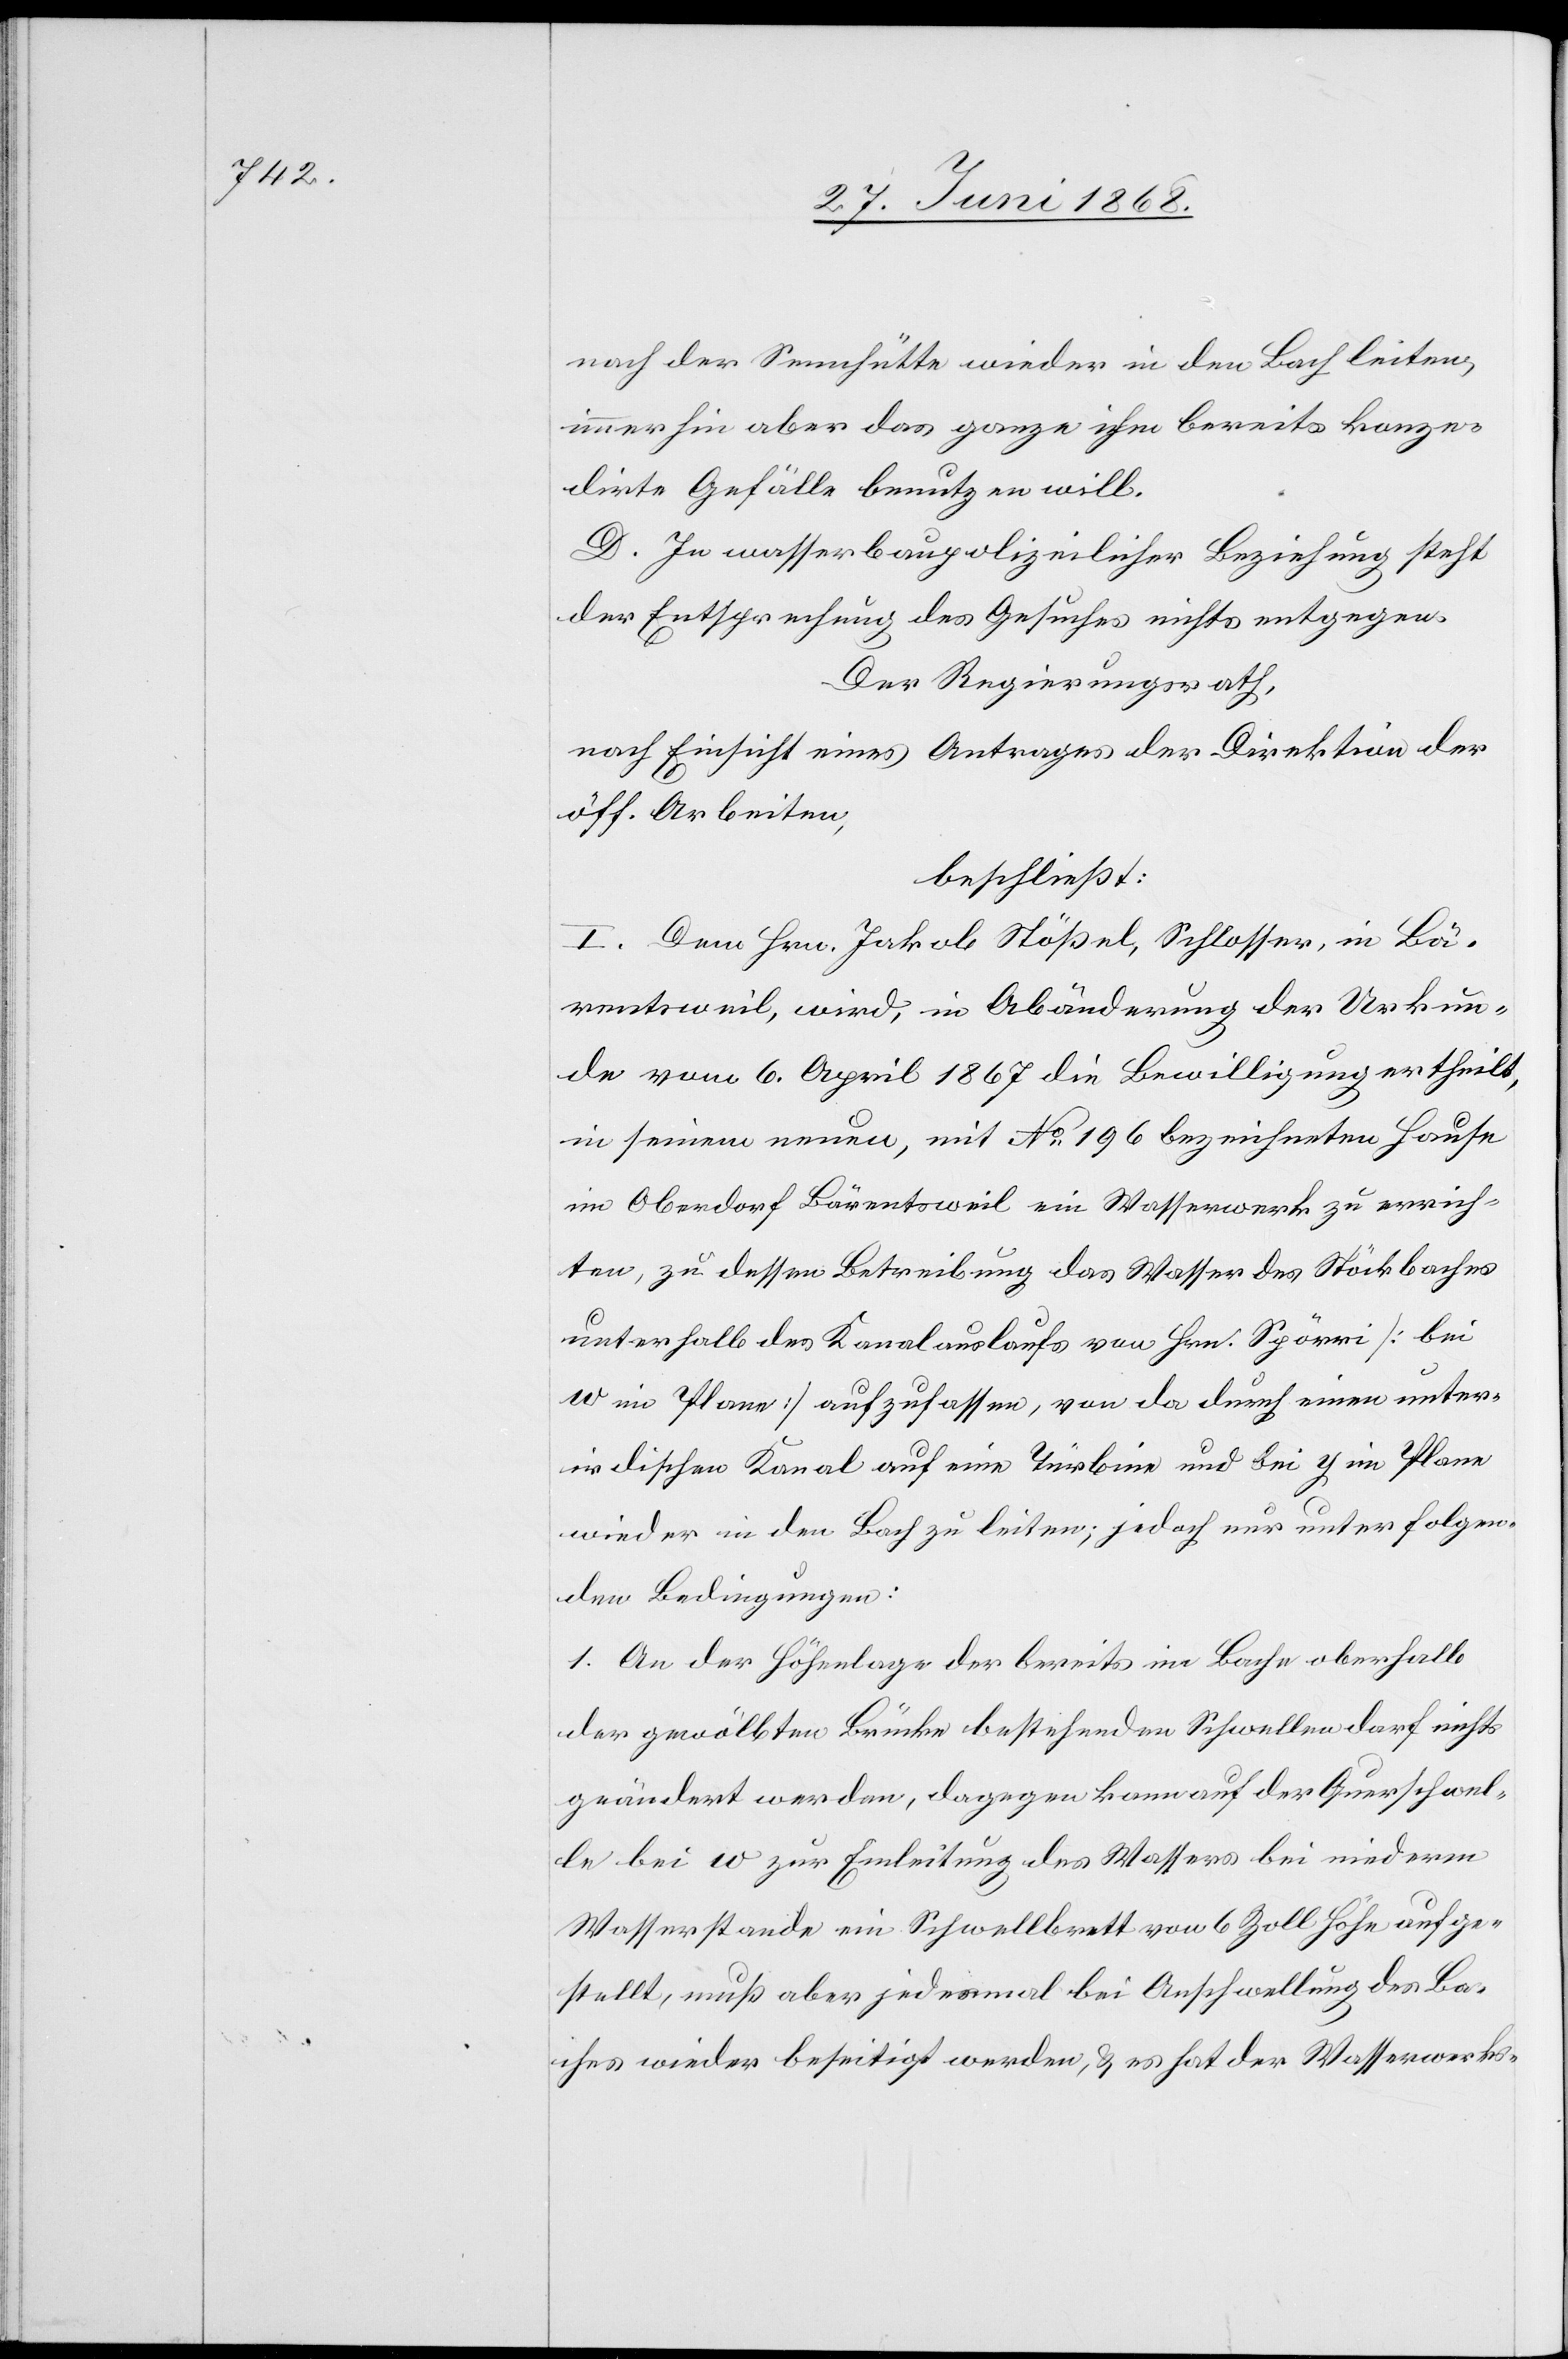
nach der Sennhütte wieder in den Bach leiten,
immerhin aber das ganze ihm bereits konze¬
dirte Gefälle benutzen will.
D. In wasserbaupolizeilicher Beziehung steht
der Entsprechung des Gesuches nichts entgegen.
Der Regierungsrath,
nach Einsicht eines Antrages der Direktion der
öff. Arbeiten,
beschließt:
I. Dem Hrn. Jakob Stößel, Schlosser, in Bä¬
rentsweil, wird, in Abänderung der Urkun¬
de vom 6. April 1867 die Bewilligung ertheilt,
in seinem neuen, mit No. 196 bezeichneten Hause
im Oberdorf Bärentsweil ein Wasserwerk zu errich¬
ten, zu dessen Betreibung das Wasser des Stöckbaches
unterhalb des Kanalauslaufs von Hrn. Spörri [bei
w im Plane] aufzufassen, von da durch einen unter¬
irdischen Kanal auf eine Turbine und bei y im Plane
wieder in den Bach zu leiten; jedoch nur unter folgen¬
den Bedingungen:
1. An der Höhenlage der bereits im Bache oberhalb
der gewölbten Brücke bestehenden Schwellen darf nichts
geändert werden, dagegen kann auf der Querschwel¬
le bei w zur Einleitung des Wassers bei niederm
Wasserstande ein Schwellbrett von 6 Zoll Höhe aufge¬
stellt, muß aber jedesmal bei Anschwellung des Ba¬
ches wieder beseitigt werden, & es hat der Wasserwerks-